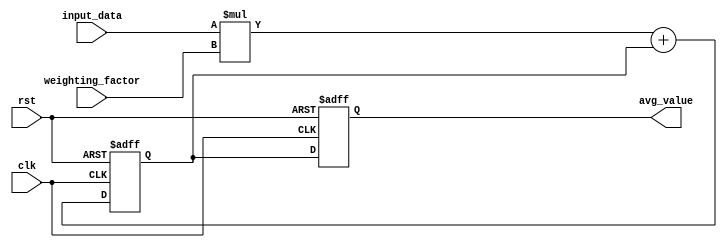
module exp_avg_accumulator(
    input wire clk,
    input wire rst,
    input wire signed [15:0] input_data,
    input wire signed [15:0] weighting_factor,
    output reg signed [15:0] avg_value
);

reg signed [15:0] current_avg;

always @(posedge clk or posedge rst) begin
    if(rst) begin
        avg_value <= 0;
        current_avg <= 0;
    end else begin
        current_avg <= (input_data * weighting_factor) + current_avg;
        avg_value <= current_avg;
    end
end

endmodule